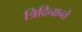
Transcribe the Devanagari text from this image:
त्रिदिनान्ते